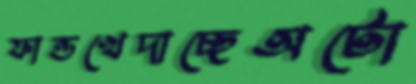
ফান্ডখেদাচ্ছেঅটো